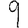
Digit: 9